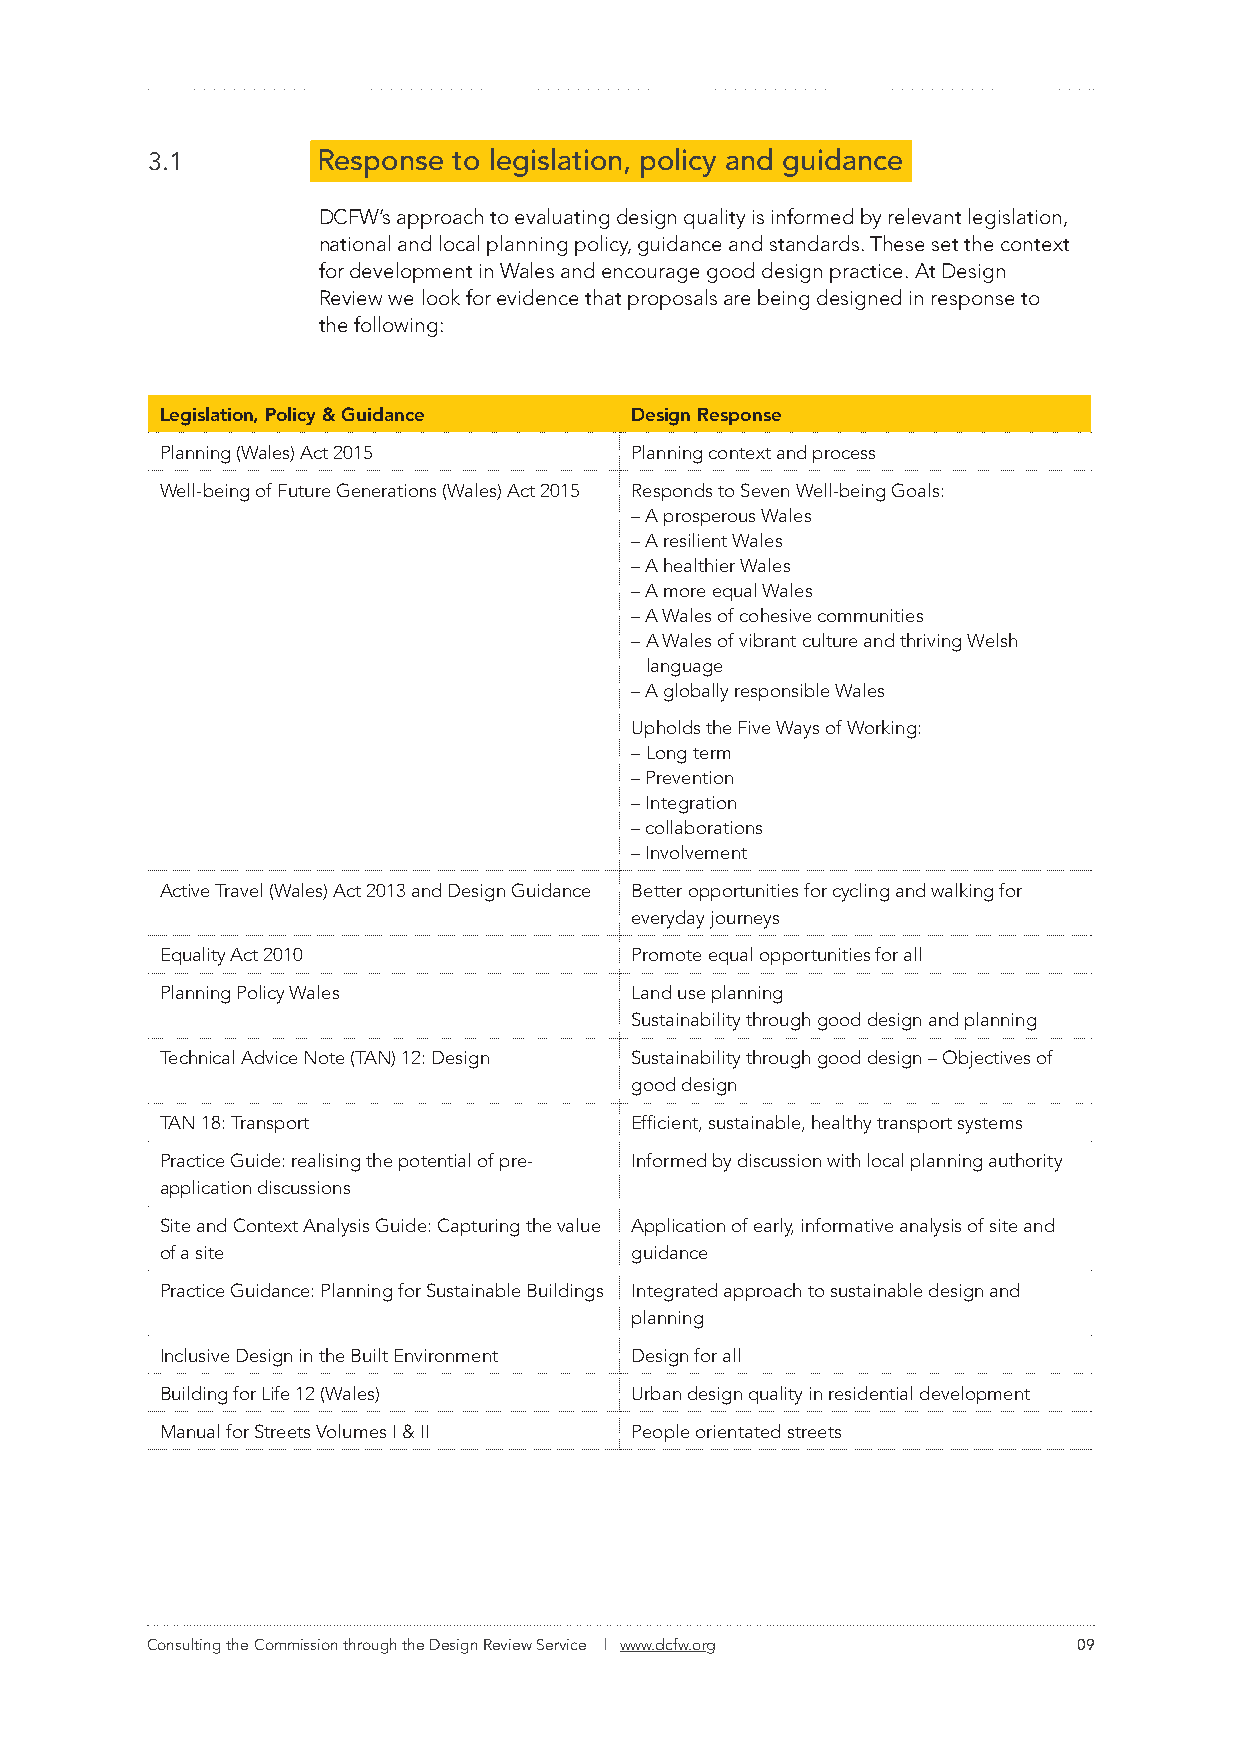
3.1        Response to legislation, policy and guidance
 DCFW’s approach to evaluating design quality is informed by relevant legislation,
 national and local planning policy, guidance and standards. These set the context
 for development in Wales and encourage good design practice. At Design
 Review we look for evidence that proposals are being designed in response to
 the following:
 Legislation, Policy & Guidance Design Response
 Planning (Wales) Act 2015      Planning context and process
 Well-being of Future Generations (Wales) Act 2015 Responds to Seven Well-being Goals:
 – A prosperous Wales
 – A resilient Wales
 – A healthier Wales
 – A more equal Wales
 – A Wales of cohesive communities
 – A Wales of vibrant culture and thriving Welsh
 language
 – A globally responsible Wales
 Upholds the Five Ways of Working:
 – Long term
 – Prevention
 – Integration
 – collaborations
 – Involvement
 Active Travel (Wales) Act 2013 and Design Guidance Better opportunities for cycling and walking for
 everyday journeys
 Equality Act 2010              Promote equal opportunities for all
 Planning Policy Wales          Land use planning
 Sustainability through good design and planning
 Technical Advice Note (TAN) 12: Design Sustainability through good design – Objectives of
 good design
 TAN 18: Transport              Efficient, sustainable, healthy transport systems
 Practice Guide: realising the potential of pre- Informed by discussion with local planning authority
 application discussions
 Site and Context Analysis Guide: Capturing the value Application of early, informative analysis of site and
 of a site                      guidance
 Practice Guidance: Planning for Sustainable Buildings Integrated approach to sustainable design and
 planning
 Inclusive Design in the Built Environment Design for all
 Building for Life 12 (Wales)   Urban design quality in residential development
 Manual for Streets Volumes I & II People orientated streets
 Consulting the Commission through the Design Review Service | www.dcfw.org 09